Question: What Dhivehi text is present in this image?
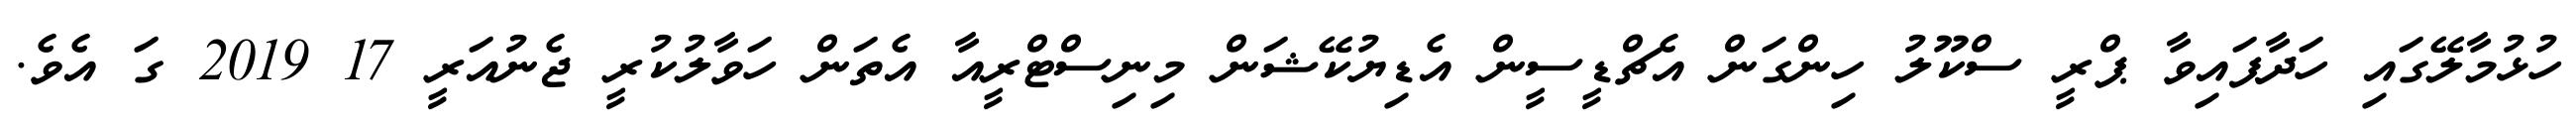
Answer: ހުޅުމާލޭގައި ހަދާފައިވާ ޕްރީ ސްކޫލު ހިންގަން އެޗްޑީސީން އެޑިޔުކޭޝަން މިނިސްޓްރީއާ އެތަން ހަވާލުކުރީ ޖެނުއަރީ 17 2019 ގަ އެވެ.